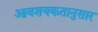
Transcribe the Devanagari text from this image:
आवशयकतानुसार